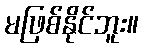
မဖြစ်နိုင်ဘူး။